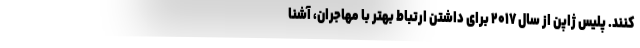
‌کنند. پلیس ژاپن از سال ۲۰۱۷ برای داشتن ارتباط بهتر با مهاجران، آشنا